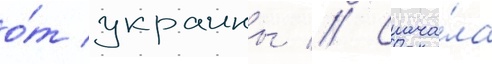
о́т украины // Снача́ла